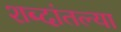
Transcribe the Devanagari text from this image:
शब्दांतल्या